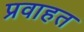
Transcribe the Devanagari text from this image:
प्रवाहत